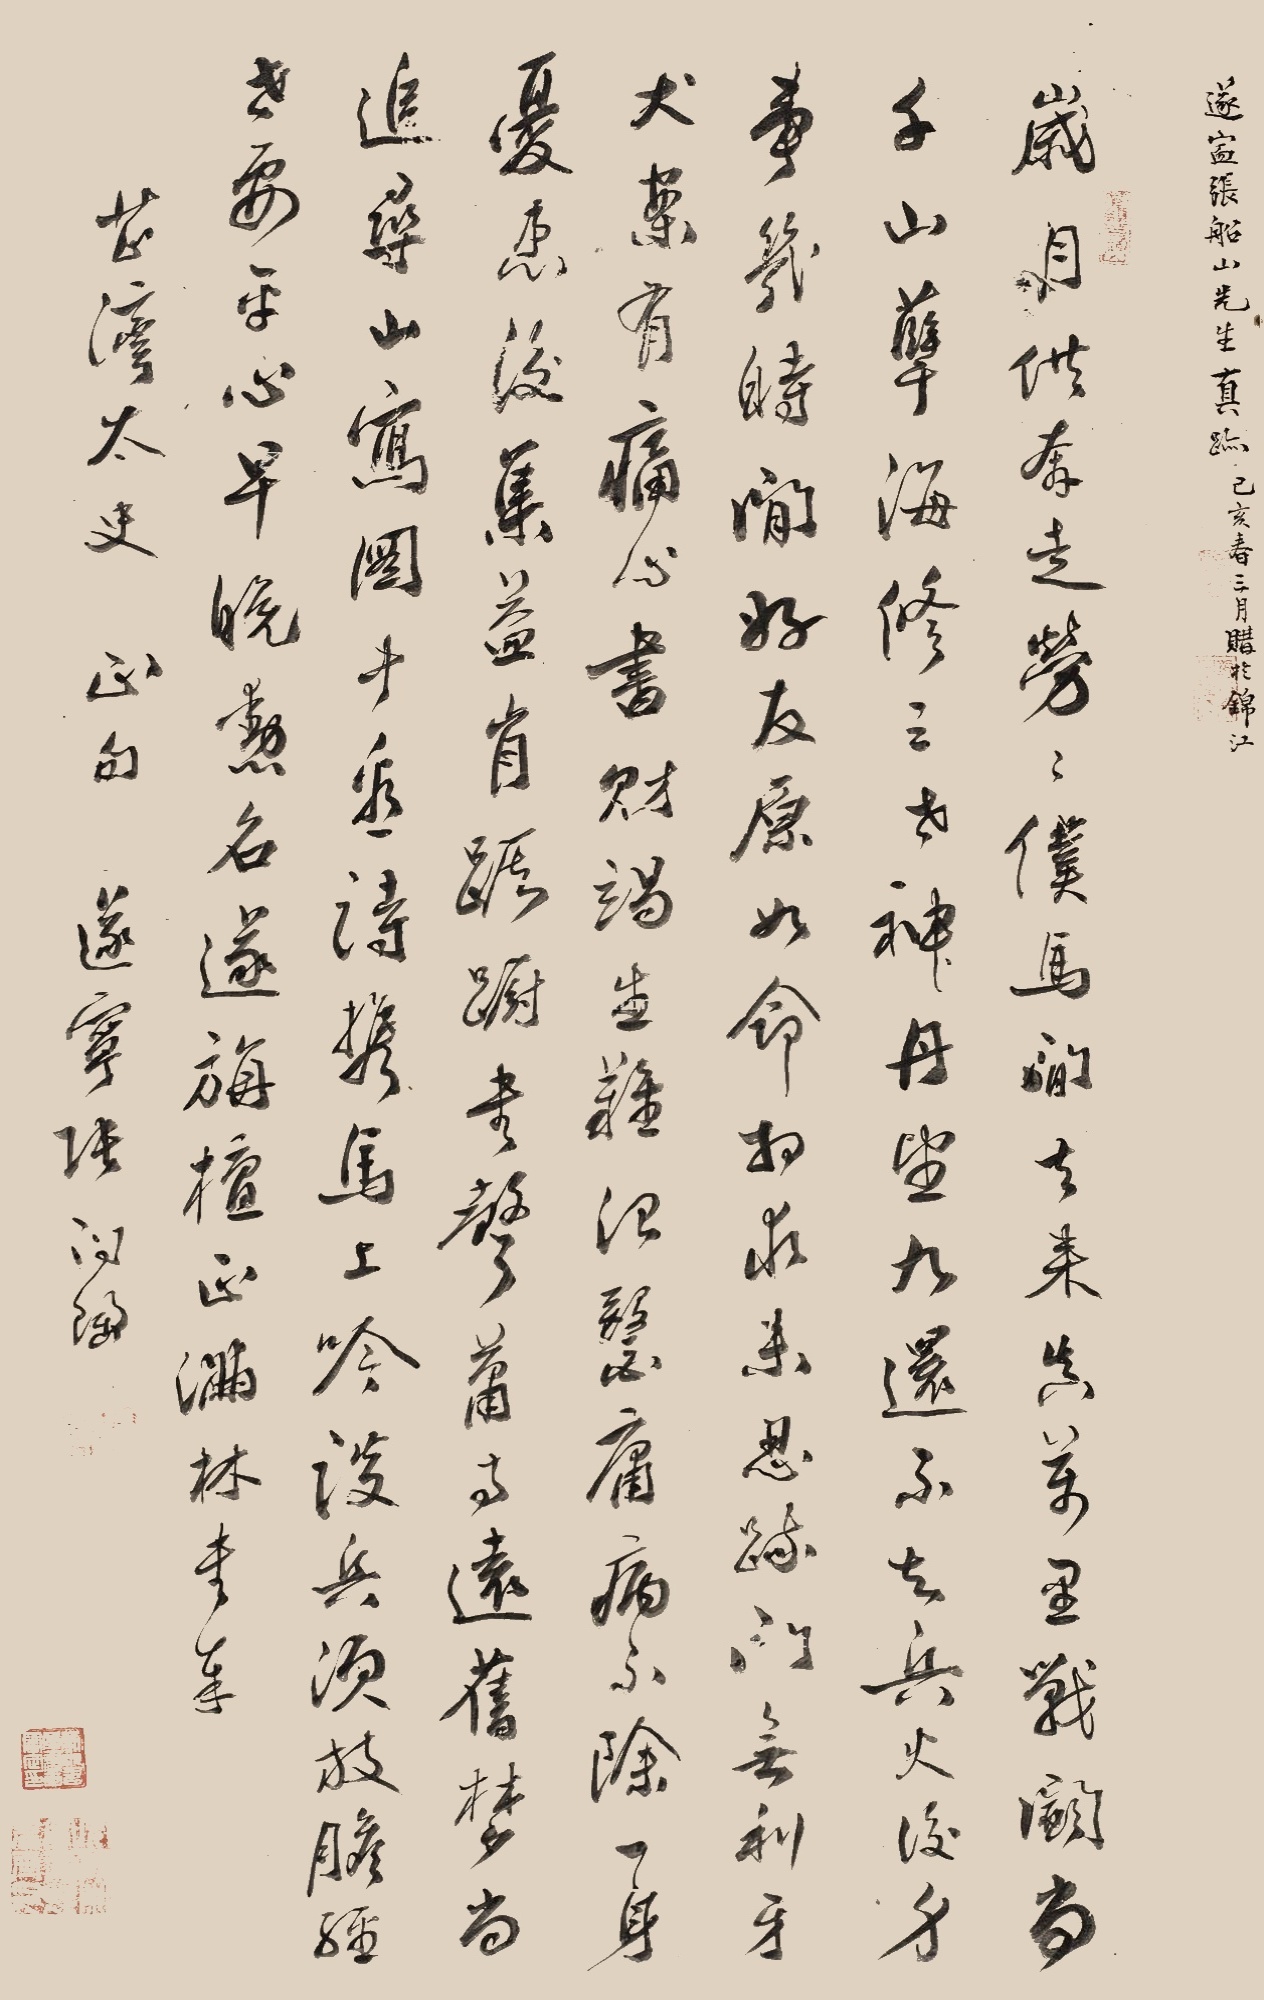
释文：岁月供奔走，劳劳仆马间。去来真万里，战斗尚千山。孽海修三世，神丹望九还。不知兵火后，身事几时闲。好友原如命，相求未忍疏。门无利牙犬，案有痛心书。财竭生难治，医庸病不除。一身忧患后，集益肯踟蹰。书声萧寺远，旧梦尚追寻。山写图中看，诗携马上吟。谈兵须放胆，经世要平心。早晚勋名遂，旃檀正满林。书奉芷湾太史正句，遂宁张问陶。